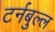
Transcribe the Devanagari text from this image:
टर्नबुल्ल